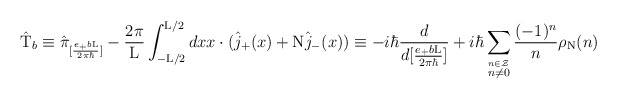
\begin{align*}\hat{\rm T}_{b} \equiv \hat{\pi}_{[\frac{e_{+}b{\rm L}}{2{\pi}{\hbar}}]} -\frac{2\pi}{\rm L} \int_{-{\rm L}/2}^{{\rm L}/2} dx x \cdot(\hat{j}_{+}(x) + {\rm N} \hat{j}_{-}(x)) \equiv-i \hbar \frac{d}{d[\frac{e_{+}b{\rm L}}{2{\pi}{\hbar}}]} + i{\hbar} \sum_{\stackrel{n \in \cal Z}{n \neq 0}} \frac{(-1)^n}{n} \rho_{\rm N}(n)\end{align*}